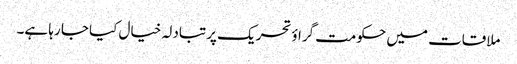
ملاقات میں حکومت گراؤ تحریک پر تبادلہ خیال کیا جا رہا ہے۔